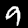
Label: 9